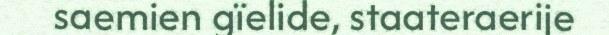
saemien gïelide, staateraerije